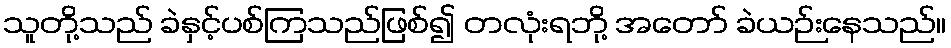
သူတို့သည် ခဲနှင့်ပစ်ကြသည်ဖြစ်၍ တလုံးရဘို့ အတော် ခဲယဉ်းနေသည်။